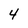
Character: 4